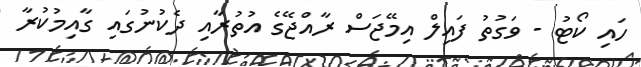
ހައި ކޯޓު - ވަގުތު ފައިލް އިމޭޖަސް ރާއްޖޭގެ އުތުރާއި ދެކުނުގައި ގާއިމުކުރާ